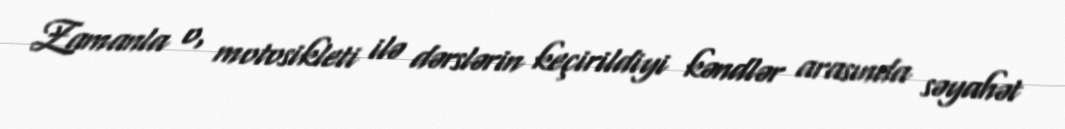
Zamanla o, motosikleti ilə dərslərin keçirildiyi kəndlər arasında səyahət